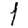
Digit: 1